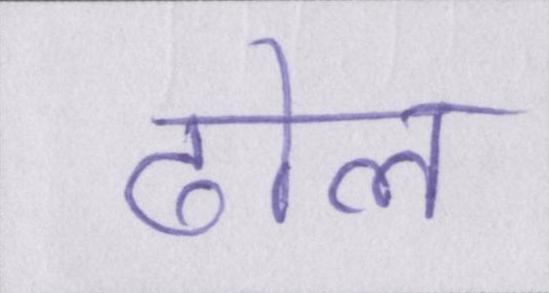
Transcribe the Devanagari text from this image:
ढोल